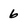
Character: 6